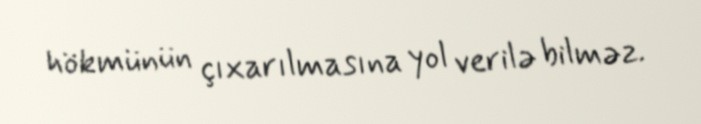
hökmünün çıxarılmasına yol verilə bilməz.